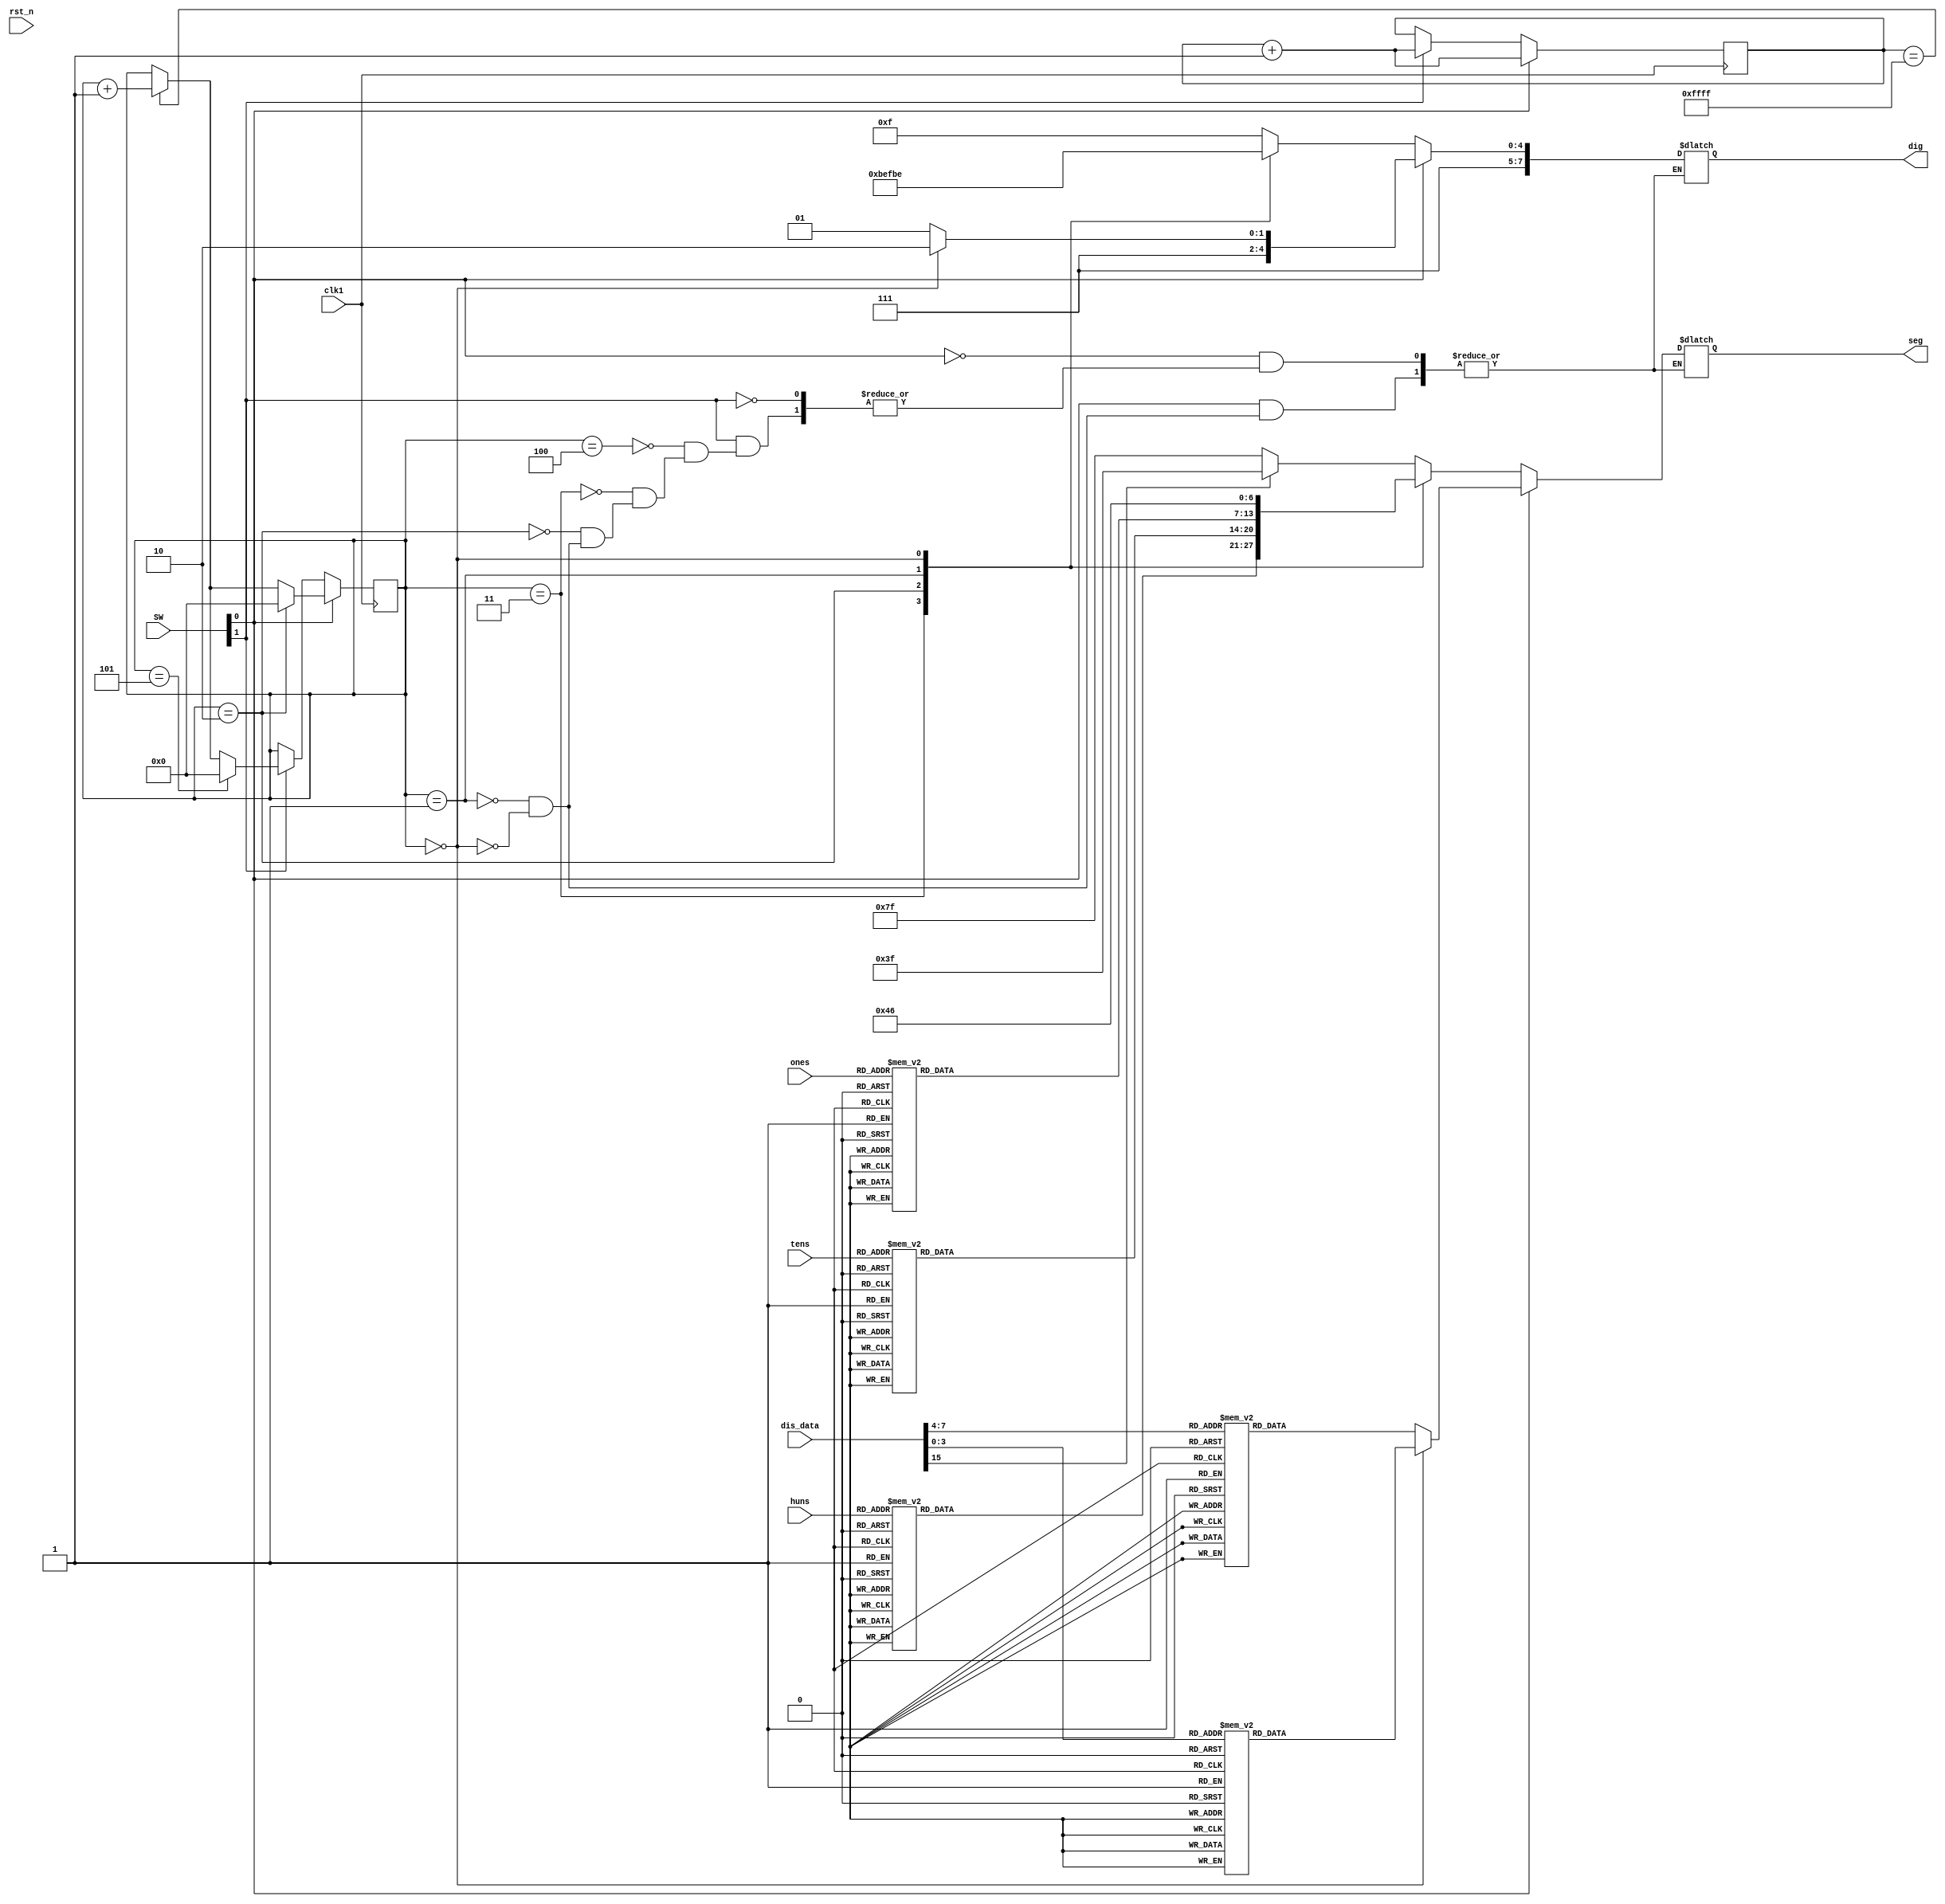
`timescale 1ns / 1ps
//////////////////////////////////////////////////////////////////////////////////
// Company: 
// Engineer: 
// 
// Design Name: 
// Module Name: dig
// Project Name: 
// Target Devices: 
// Tool Versions: 
// Description: 
// 
// Dependencies: 
// 
// Revision:
// Revision 0.01 - File Created
// Additional Comments:
// 
//////////////////////////////////////////////////////////////////////////////////


module dig(
    input clk1,
    input rst_n,
    input [1:0] SW,
    output reg [7:0] dig,
    output reg [6:0] seg,
    input [15:0] dis_data,
    input [3:0] ones,
    input [3:0] tens,
    input [3:0] huns
    );

reg [15:0] cnt;
reg [3:0] num;
parameter AN0=8'b11111110,AN1=8'b11111101,AN2 = 8'b11111011,AN3 = 8'b11110111,AN4 = 8'b11101111,AN5 = 8'b11011111,
    AN6=8'b10111111,AN7=8'b01111111,//  
    zero = 7'b100_0000,one = 7'b111_1001,two = 7'b010_0100,three = 7'b011_0000,four = 7'b001_1001,  
    five = 7'b001_0010,six = 7'b000_0010,seven = 7'b111_1000,eigth = 7'b000_0000,nine = 7'b001_0000,
    a = 7'b000_1000,b = 7'b000_0011,c = 7'b100_0110,d = 7'b010_0001,e = 7'b000_0110, f = 7'b000_1110;

always @ (posedge clk1) begin
    if(SW[0]) begin                 //2
        cnt <= cnt + 1'b1;
        if(num == 4'd2) begin
            num <= 0;
        end
        else if(cnt == 16'hffff) begin
            num <= num + 1'b1;
        end
    end
    else if(SW[1]) begin            //5
        cnt <= cnt + 1'b1;
        if(num == 4'd5) begin
            num <= 0;
        end
        else if(cnt == 16'hffff) begin
            num <= num + 1'b1;
        end
    end
end

always @(*) begin
    if(SW[0]) begin
        case(num)
            1:begin
                case(dis_data[7:4])
                    0 : seg <= zero;
                    1 : seg <= one;
                    2 : seg <= two;
                    3 : seg <= three;
                    4 : seg <= four;
                    5 : seg <= five;
                    6 : seg <= six;
                    7 : seg <= seven;
                    8 : seg <= eigth;
                    9 : seg <= nine;
                    10: seg <= a;
                    11: seg <= b;
                    12: seg <= c;
                    13: seg <= d;
                    14: seg <= e;
                    15: seg <= f;
                    default:seg <= 7'b1111111;
                endcase  
                dig <= AN1;
            end
            0: begin
                case(dis_data[3:0])
                    0 : seg <= zero;
                    1 : seg <= one;
                    2 : seg <= two;
                    3 : seg <= three;
                    4 : seg <= four;
                    5 : seg <= five;
                    6 : seg <= six;
                    7 : seg <= seven;
                    8 : seg <= eigth;
                    9 : seg <= nine;
                    10: seg <= a;
                    11: seg <= b;
                    12: seg <= c;
                    13: seg <= d;
                    14: seg <= e;
                    15: seg <= f;
                    default:seg <= 7'b1111111;
                endcase
                dig <= AN0;
            end
        endcase
    end
    
    else if(SW[1]) begin
        case(num)
            4:begin
                case(dis_data[15])    //
                    0 : seg <= 7'b111_1111;
                    1 : seg <= 7'b011_1111;
                endcase  
                dig <= AN4;
            end
            3:begin
                case(huns)
                    0 : seg <= zero;
                    1 : seg <= one;
                    2 : seg <= two;
                    3 : seg <= three;
                    4 : seg <= four;
                    5 : seg <= five;
                    6 : seg <= six;
                    7 : seg <= seven;
                    8 : seg <= eigth;
                    9 : seg <= nine;
                    default:seg <= 7'b1111111;
                endcase  
                dig <= AN3;
            end
            2:begin
                case(tens)
                    0 : seg <= zero;
                    1 : seg <= one;
                    2 : seg <= two;
                    3 : seg <= three;
                    4 : seg <= four;
                    5 : seg <= five;
                    6 : seg <= six;
                    7 : seg <= seven;
                    8 : seg <= eigth;
                    9 : seg <= nine;
                    default:seg <= 7'b1111111;
                endcase  
                dig <= AN2;
            end
            1:begin
                case(ones)
                    0 : seg <= zero;
                    1 : seg <= one;
                    2 : seg <= two;
                    3 : seg <= three;
                    4 : seg <= four;
                    5 : seg <= five;
                    6 : seg <= six;
                    7 : seg <= seven;
                    8 : seg <= eigth;
                    9 : seg <= nine;
                    default:seg <= 7'b1111111;
                endcase  
                dig <= AN1;
            end
            0: begin
                seg <= c;
                dig <= AN0;
            end
        endcase
    end
end

endmodule